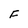
Character: F